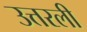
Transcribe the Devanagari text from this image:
उत्तरली